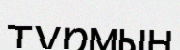
тұрмын